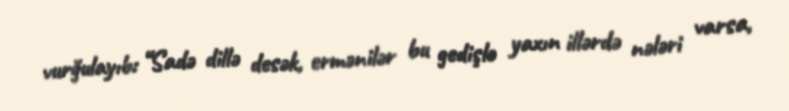
vurğulayıb: “Sadə dillə desək, ermənilər bu gedişlə yaxın illərdə nələri varsa,